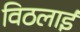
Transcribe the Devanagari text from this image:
विठलाई